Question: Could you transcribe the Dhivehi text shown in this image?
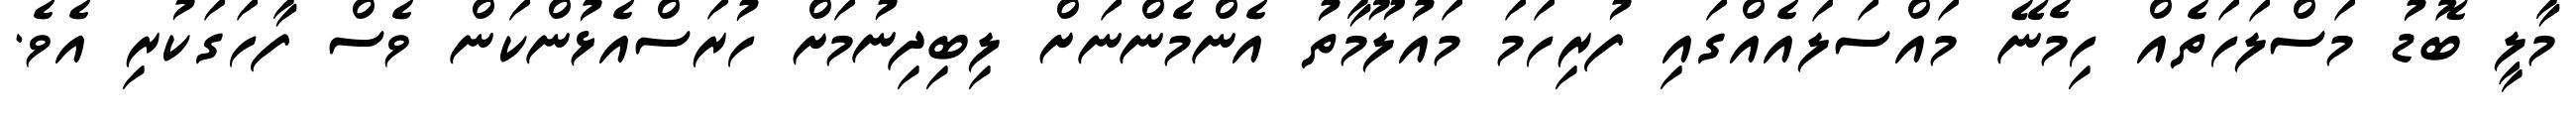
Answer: މާލީ ބޮޑު މަސްލަހަތެއް ހިމެނޭ މައްސަލައެއްގައި ފުރިހަމަ މައުލޫމާތު އެންމެންނަށް ލިބިދިނުމަށް ހުރަސްއެޅުންކަން ވެސް ފާހަގަކުރި އެވެ.